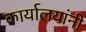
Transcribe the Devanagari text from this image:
कार्यालयांनी